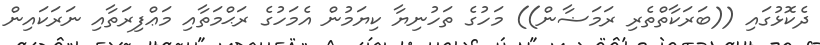
ދެކޮޅުގައި ((ބަރަކާތްތެރި ރަމަޟާން)) މަހުގެ ތަހުނިޔާ ކިޔަމުން އެމަހުގެ ރަޙްމަތާއި މަޢްފިރަތާއި ނަރަކައިން